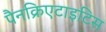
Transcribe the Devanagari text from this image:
पैनक्रिएटाइटिस